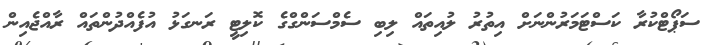
ސަޕޯޓްކުރާ ކަސްޓަމަރުންނަށް އިތުރު ލުއިތައް ލިބި ސެމްސަންގްގެ ކޮލިޓީ ރަނގަޅު އުފެއްދުންތައް ރާއްޖެއިން